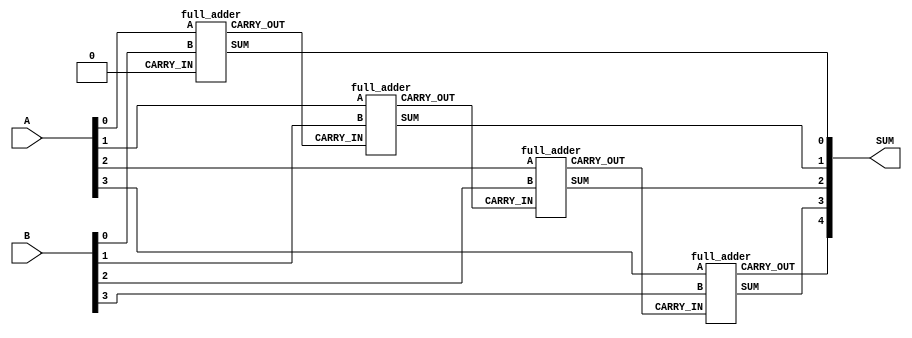
// This program was cloned from: https://github.com/nxbyte/Verilog-Projects
// License: MIT License

`timescale 1ns / 1ps

/*
    Group Members: Thomas Hudson and Warren Seto

    Lab Name: Combinational Logic
    Project Name: eng312_proj2
    Design Name: four_bit_adder.v
    Design Description: Verilog Module for Four Bit Ripple Adder using full_adder implementation
*/

module four_bit_adder
(
  input [3:0] A,
  input [3:0] B,
  output [4:0] SUM
);

  // The first carry is zero
  wire CARRY0;
  assign CARRY0 = 1'b0;

  // Four full adders are combined together into one 4-bit ripple adder
  full_adder op1 (A[0], B[0], CARRY0, SUM[0], CARRY1);
  full_adder op2 (A[1], B[1], CARRY1, SUM[1], CARRY2);
  full_adder op3 (A[2], B[2], CARRY2, SUM[2], CARRY3);
  full_adder op4 (A[3], B[3], CARRY3, SUM[3], SUM[4]);
endmodule



// A full adder module that will be used in this 4-bit adder implementation
module full_adder
(
  input A,
  input B,
  input CARRY_IN,
  output SUM,
  output CARRY_OUT
);

  // This uses two exclusive OR (XOR) gates to SUM three inputs
  assign SUM = (A ^ B) ^ CARRY_IN;

  // This uses three OR gates to detect a CARRY_OUT from three inputs
  assign CARRY_OUT = (A & ~B & CARRY_IN) | (~A & B & CARRY_IN) | (A & B);
endmodule